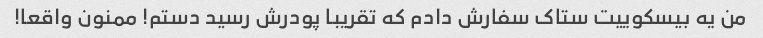
من یه بیسکوییت ستاک سفارش دادم که تقریبا پودرش رسید دستم! ممنون واقعا!